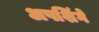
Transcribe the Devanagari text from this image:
अपशिंगे